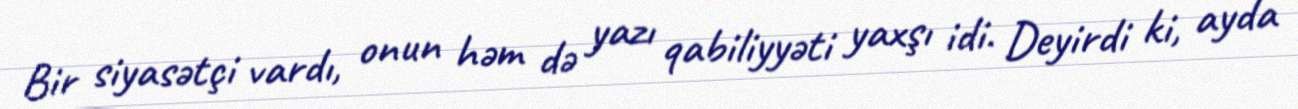
Bir siyasətçi vardı, onun həm də yazı qabiliyyəti yaxşı idi. Deyirdi ki, ayda